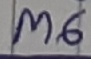
Text: M6